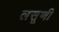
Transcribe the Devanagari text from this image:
लसूणी